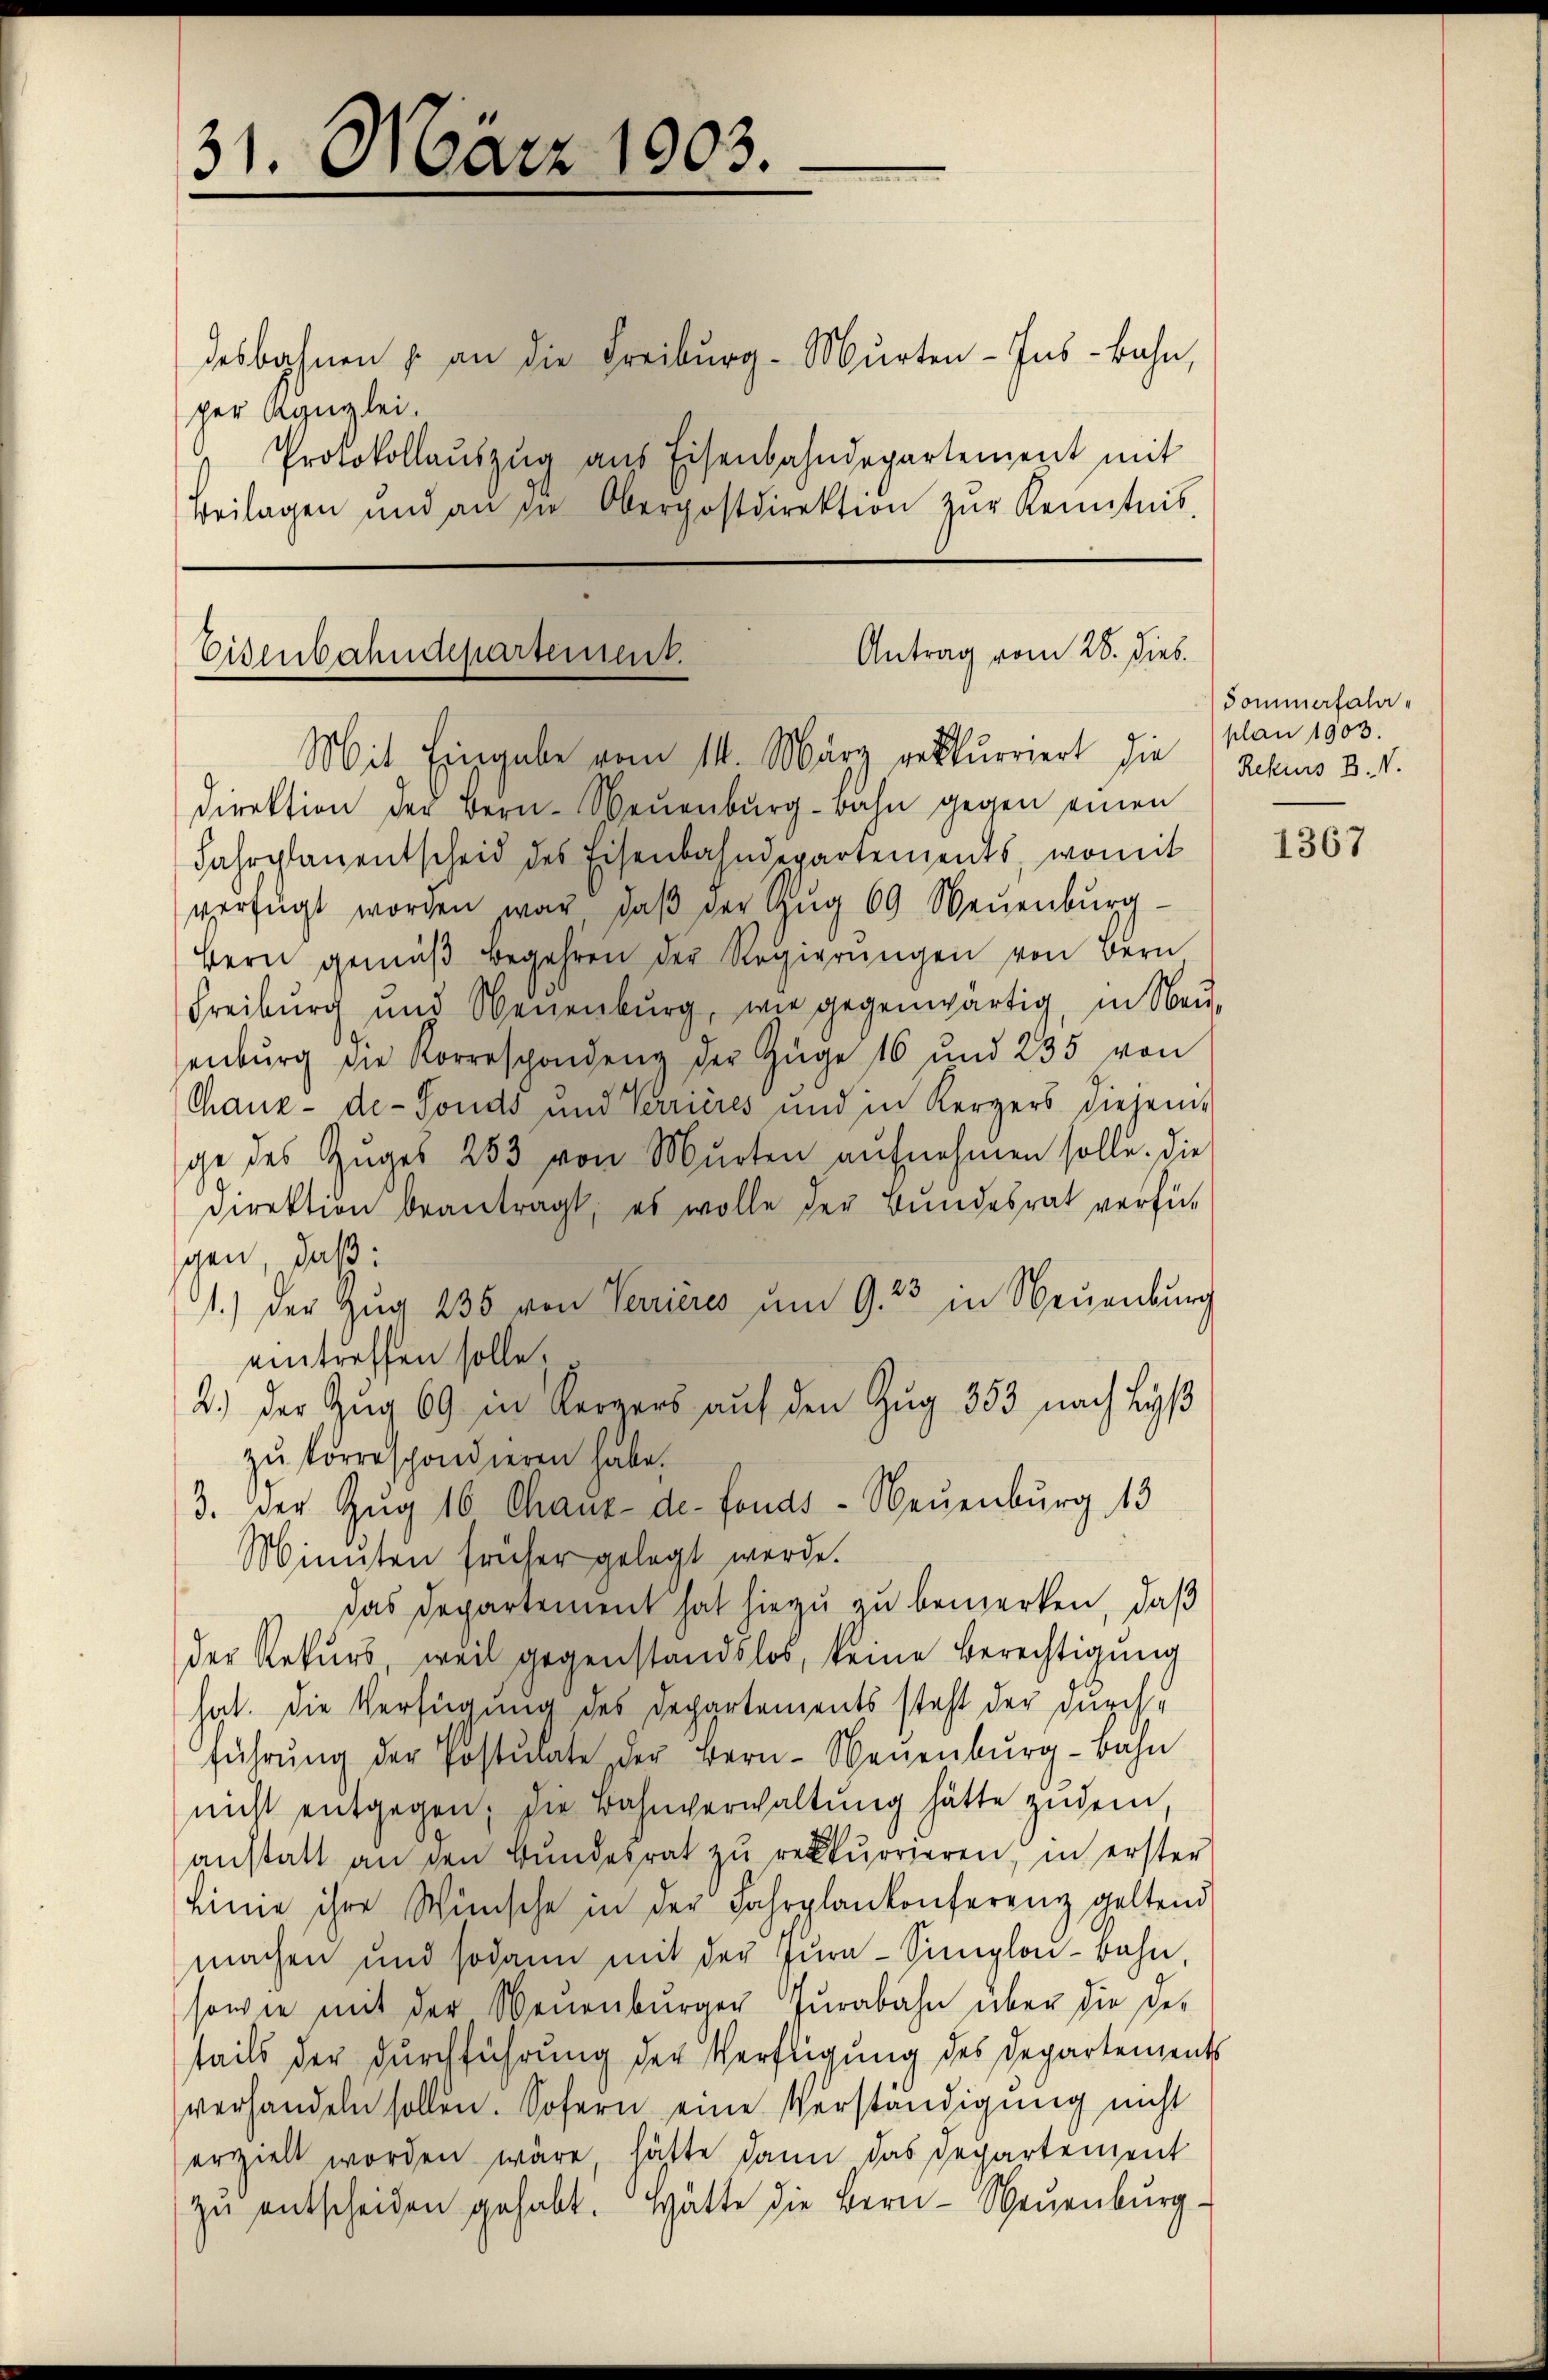
31. März 1903.

desbahnen u. an die Freiburg-Murten-Ins-Bahn,
Protokollaŭszŭg aŭs Eisenbahndepartement mit
Beilagen und an in Oberpostdirektion zŭr Kenntnis.

per Kanzlei.

Antrag vom 28. Dieb.
Eisenbahndepartement.
Mit Eingabe vom 14. März rekurriert die Rekurs B. V.

direktion der Bern-Neuenburg-Bahn gegen einen
Fahrplanentscheid des Eisenbahndepartements, womit
verfügt worden war, daβ der Zŭg 69 Neuenburg
Bern gemäβ begehren der Regierungen von Bern
Freiburg und Neuenburg, wie gegenwärtig, in Neuenbŭrg die Korrespondenz der Züge 16 und 235 von
Chaux-de-Fonds und Verrières und in Kerzers diejeni
ge des Zuges 283 von Murten aufnehmen solle. Die
direktion beantragt, es wolle der Bundesrat verfü-
gen, daß:
1.) Der Zŭg 235 von Verrieres um 9. 23 in Neuenburg
eintreffen solle.
2.) Der Zug 69 in Kergers auf den Zug 353 nach Lyß
zu korrespondieren habe.
3. Der Zug 16 Chaux-de-Fonds - Neuenburg 13
Ministen früher gelegt werde.
das Departement hat hiezu zu bemerken, daß
der Rekurs, weil gegenstandslos, keine Berechtigung
hat. Die Verfügung des Departements steht der durchführŭng der Postulate der Bern-Neuenbŭrg-Bahn
nicht entgegen; die Bahnverwaltung hätte zudem,
anstatt an den Bŭndesrat zŭ rekurrieren, in erster
Linie ihre Wünsche in der Fahrplankonferenz geltend
machen und sodann mit der Zŭra-Simplon-Bahn,
sowie mit der Neuenbŭrger Tŭrabahn über die De-
tails der Durchführung der Verfügung des Departements
verhandeln sollen. Sofern eine Verständigung nicht
erzielt worden wäre, hätte dann das Departement
zŭ entscheiden gehabt. Hätte die Bern- Neuenburg.

dominerfalaplan 1903.

1367